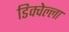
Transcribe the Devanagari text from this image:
डिक्वेल्ला